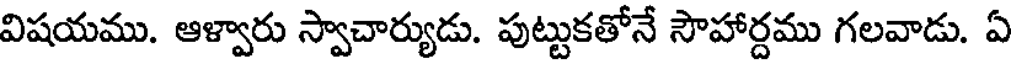
విషయము. ఆళ్వారు స్వాచార్యుడు. పుట్టుకతోనే సౌహార్దము గలవాడు. ఏ